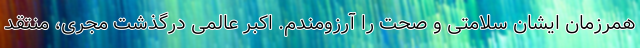
همرزمان ایشان سلامتی و صحت را آرزومندم. اکبر عالمی درگذشت مجری، منتقد